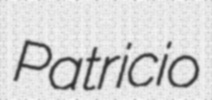
Patricio